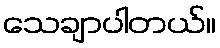
သေချာပါတယ်။